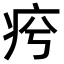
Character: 𤵕